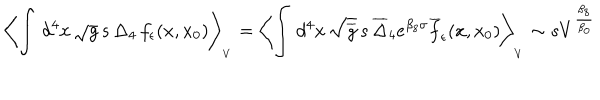
\left\langle \int \, d ^ { 4 } x \, \sqrt g \, s \, \Delta _ { 4 } \, f _ { \epsilon } ( x , x _ { 0 } ) \right\rangle _ { _ V } = \left\langle \int \, d ^ { 4 } x \, \sqrt { \overline { { g } } } \, s \, \overline { { \Delta } } _ { 4 } e ^ { \beta _ { 8 } \sigma } \overline { { f } } _ { \epsilon } ( x , x _ { 0 } ) \right\rangle _ { _ V } \sim s V ^ { \frac { \beta _ { 8 } } { \beta _ { 0 } } }